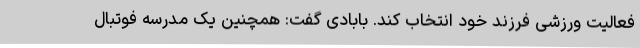
فعالیت ورزشی فرزند خود انتخاب کند. بابادی گفت: همچنین یک مدرسه فوتبال